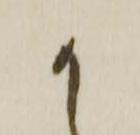
か